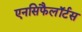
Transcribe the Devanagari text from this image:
एनसिफैलॉर्टस